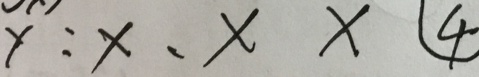
y : x 、 x x \textcircled { 4 }